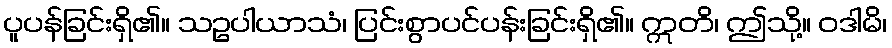
ပူပန်ခြင်းရှိ၏။ သဥပါယာသံ၊ ပြင်းစွာပင်ပန်းခြင်းရှိ၏။ ဣတိ၊ ဤသို့။ ဝဒါမိ၊